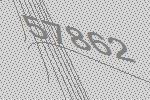
57862